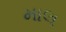
માલ